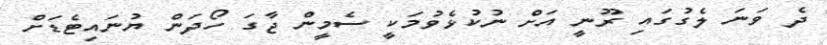
ދެ ވަނަ ލެގުގައި ރޫނީ އަށް ނުކުޅެވުމަކީ ސެމީން ޖާގަ ހޯދަން ޔުނައިޓެޑަށް